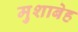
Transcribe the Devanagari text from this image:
मुशाबेह